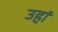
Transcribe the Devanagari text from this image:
उहां